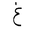
Letter: _gayn